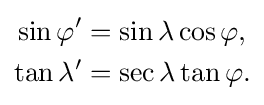
{\begin{aligned}\sin \varphi '&=\sin \lambda \cos \varphi ,\\\tan \lambda '&=\sec \lambda \tan \varphi .\end{aligned}}